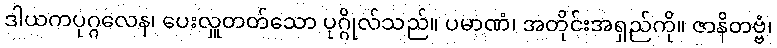
ဒါယကပုဂ္ဂလေန၊ ပေးလှူတတ်သော ပုဂ္ဂိုလ်သည်။ ပမာဏံ၊ အတိုင်းအရှည်ကို။ ဇာနိတဗ္ဗံ၊